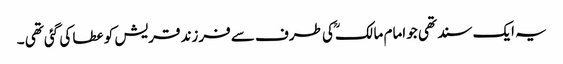
یہ ایک سند تھی جو امام مالکؒ کی طرف سے فرزند قریش کو عطا کی گئی تھی ۔